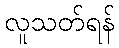
လူသတ်ရန်